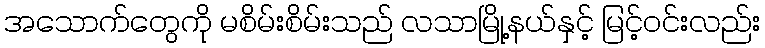
အသောက်တွေကို မစိမ်းစိမ်းသည် လသာမြို့နယ်နှင့် မြင့်ဝင်းလည်း